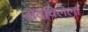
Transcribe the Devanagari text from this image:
नोंदविलेला